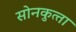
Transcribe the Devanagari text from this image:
सोनकुत्‍ता